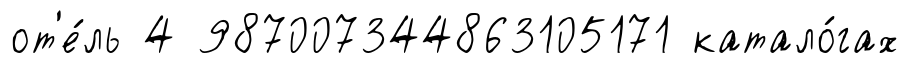
от'е́ль 4 987007344863105171 катало́гах